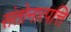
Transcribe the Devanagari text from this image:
संतोनात्पत्ति